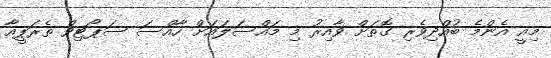
މިއީ އެންމެ ބުއްދިވެރި ގޮތަށް ވާއިރު މި މައްސަލައަށް ހާއްސަ ސަޕޯޓިވް ތެރަޕީއާ